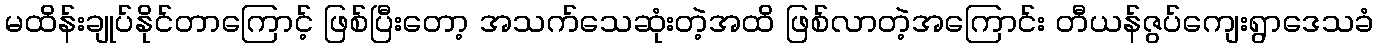
မထိန်းချုပ်နိုင်တာကြောင့် ဖြစ်ပြီးတော့ အသက်သေဆုံးတဲ့အထိ ဖြစ်လာတဲ့အကြောင်း တီယန်ဇွပ်ကျေးရွာဒေသခံ